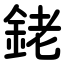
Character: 銠